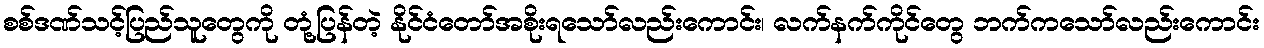
စစ်ဒဏ်သင့်ပြည်သူတွေကို တုံ့ပြန်တဲ့ နိုင်ငံတော်အစိုးရသော်လည်းကောင်း၊ လက်နက်ကိုင်တွေ ဘက်ကသော်လည်းကောင်း